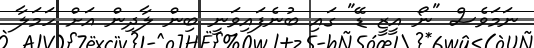
ނަމަވެސް "ނޯ އީޒީ ޑޭ" ގައި ބުނެފައިވަނީ ބިން ލާދިން އަށް ހަމަލާ